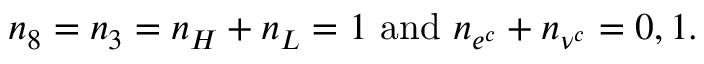
n _ { 8 } = n _ { 3 } = n _ { H } + n _ { L } = 1 { \mathrm { ~ a n d ~ } } n _ { e ^ { c } } + n _ { \nu ^ { c } } = 0 , 1 .